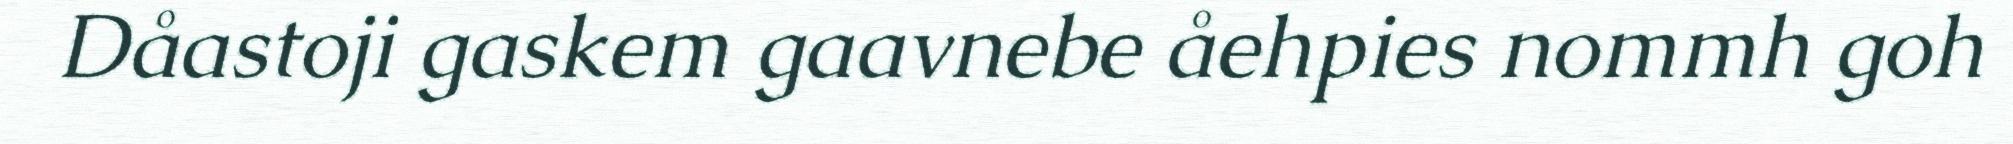
Dåastoji gaskem gaavnebe åehpies nommh goh